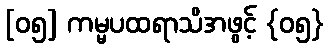
[၀၅] ကမ္မပထရာသိအဖွင့် {၀၅}